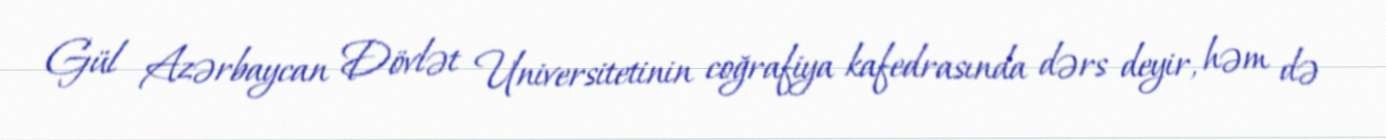
Gül Azərbaycan Dövlət Universitetinin coğrafiya kafedrasında dərs deyir, həm də